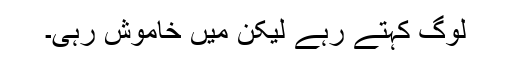
لوگ کہتے رہے لیکن میں خاموش رہی۔